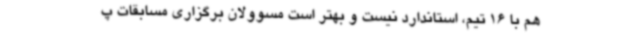
هم با 16 تیم، استاندارد نیست و بهتر است مسوولان برگزاری مسابقات پ